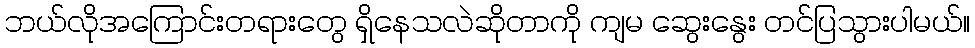
ဘယ်လိုအကြောင်းတရားတွေ ရှိနေသလဲဆိုတာကို ကျမ ဆွေးနွေး တင်ပြသွားပါမယ်။